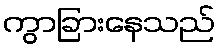
ကွာခြားနေသည်